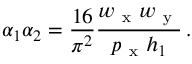
\alpha _ { 1 } \alpha _ { 2 } = \frac { 1 6 } { \pi ^ { 2 } } \frac { w _ { \mathrm { ~ x ~ } } w _ { \mathrm { ~ y ~ } } } { p _ { \mathrm { ~ x ~ } } h _ { 1 } } \, .